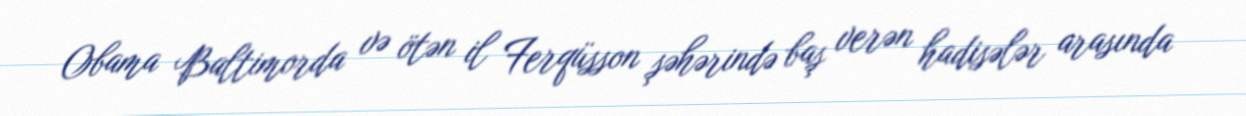
Obama Baltimorda və ötən il Ferqüsson şəhərində baş verən hadisələr arasında